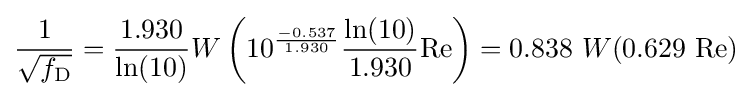
{\frac {1}{\sqrt {f_{\mathrm {D} }}}}={\frac {1.930}{\ln(10)}}W\left(10^{\frac {-0.537}{1.930}}{\frac {\ln(10)}{1.930}}\mathrm {Re} \right)=0.838\ W(0.629\ \mathrm {Re} )